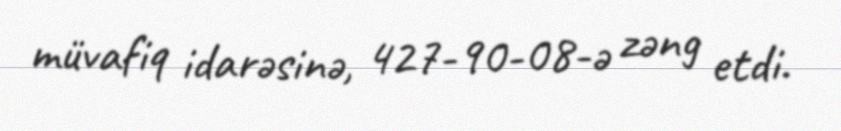
müvafiq idarəsinə, 427-90-08-ə zəng etdi.